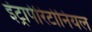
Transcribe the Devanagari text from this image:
इंट्रापेरिटोनियल